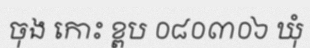
ចុង កោះ ខ្ពប ០៨០៣០៦ ឃុំ